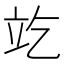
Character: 䇄